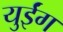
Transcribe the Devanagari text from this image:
युईंग